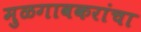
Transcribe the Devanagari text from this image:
मुळगावकरांचा